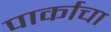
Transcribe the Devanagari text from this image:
पार्काचा